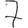
Digit: 7